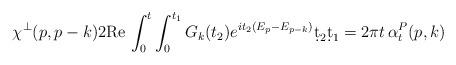
LaTeX: \begin{align*}\chi^\perp(p,p-k)2 \mathrm{Re} \, \int_0^t \int_0^{t_1}G_k( t_2 ) e^{ i t_2(E_p - E_{ p - k })} \d t_2 \d t_1 = 2\pi t \, \alpha^P_t(p , k) \end{align*}